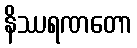
နိဿရဏတော